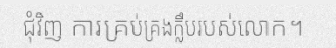
ជុំវិញ ការគ្រប់គ្រងក្លឹបរបស់លោក។